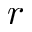
r